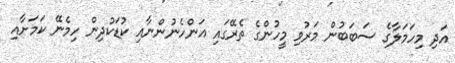
އަދި މިހަމަލާގެ ސަބަބުން މަރުވި މީހުންގެ ތެރޭގައި އަންހެނުންނާއި ކުޑަކުދިން ހިމެނޭ ކަމަށާއި